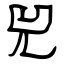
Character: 兕